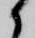
候